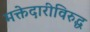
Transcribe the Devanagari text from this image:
मक्तेदारीविरुद्ध